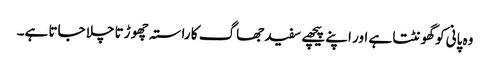
وہ پانی کو گھونٹتا ہے اور اپنے پیچھے سفید جھاگ کا راستہ چھو ڑتا چلا جاتا ہے۔